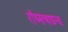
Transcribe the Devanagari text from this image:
रॉथ्सचाइल्ड